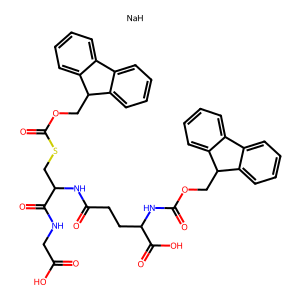
SMILES: O=C(O)CNC(=O)C(CSC(=O)OCC1c2ccccc2-c2ccccc21)NC(=O)CCC(NC(=O)OCC1c2ccccc2-c2ccccc21)C(=O)O.[NaH]
Inhibits HIV replication: No